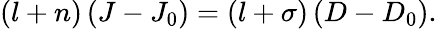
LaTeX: \left(l+n\right)\left(J-J_{0}\right)=\left(l+\sigma\right)\left(D-D_{0}\right).